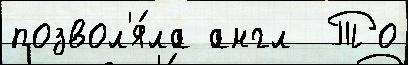
позвол'я́ла англ  То